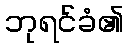
ဘုရင်ခံ၏